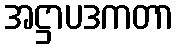
အဋ္ဌာပဒကတာ